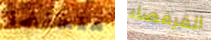
منخفضا القرفصاء